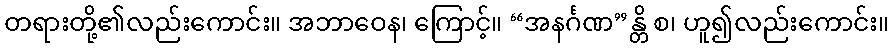
တရားတို့၏လည်းကောင်း။ အဘာဝေန၊ ကြောင့်။ “အနင်္ဂဏ”န္တိ စ၊ ဟူ၍လည်းကောင်း။